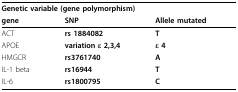
| <COLSPAN=3> Genetic variable (gene polymorphism) |
 | gene | SNP | Allele mutated |
 | --- | --- | --- |
 | ACT | rs 1884082 | T |
 | APOE | variation ε 2,3,4 | ε 4 |
 | HMGCR | rs3761740 | A |
 | IL-1 beta | rs16944 | T |
 | IL-6 | rs1800795 | C |